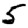
Digit: 5